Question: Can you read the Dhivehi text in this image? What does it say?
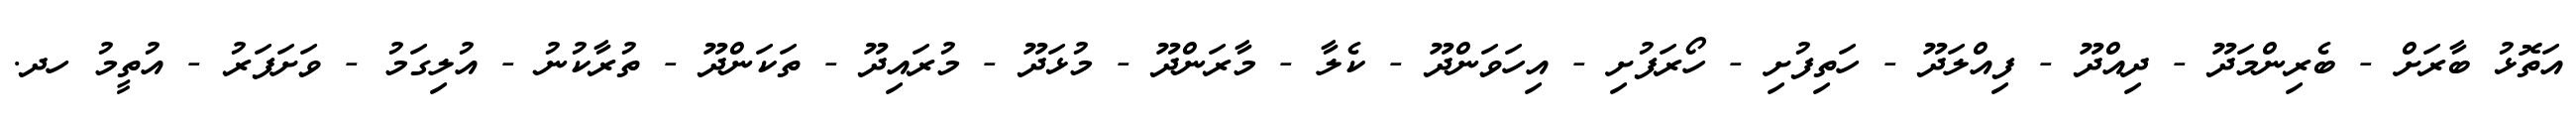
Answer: އަތޮޅު ބާރަށް - ބެރިންމަދޫ - ދިއްދޫ - ފިއްލަދޫ - ހަތިފުށި - ހޯރަފުށި - އިހަވަންދޫ - ކެލާ - މާރަންދޫ - މުޅަދޫ - މުރައިދޫ - ތަކަންދޫ - ތުރާކުނު - އުލިގަމު - ވަށަފަރު - އުތީމު ހދ.